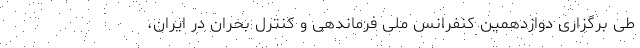
طی برگزاری دوازدهمین کنفرانس ملی فرماندهی و کنترل بحران در ایران،